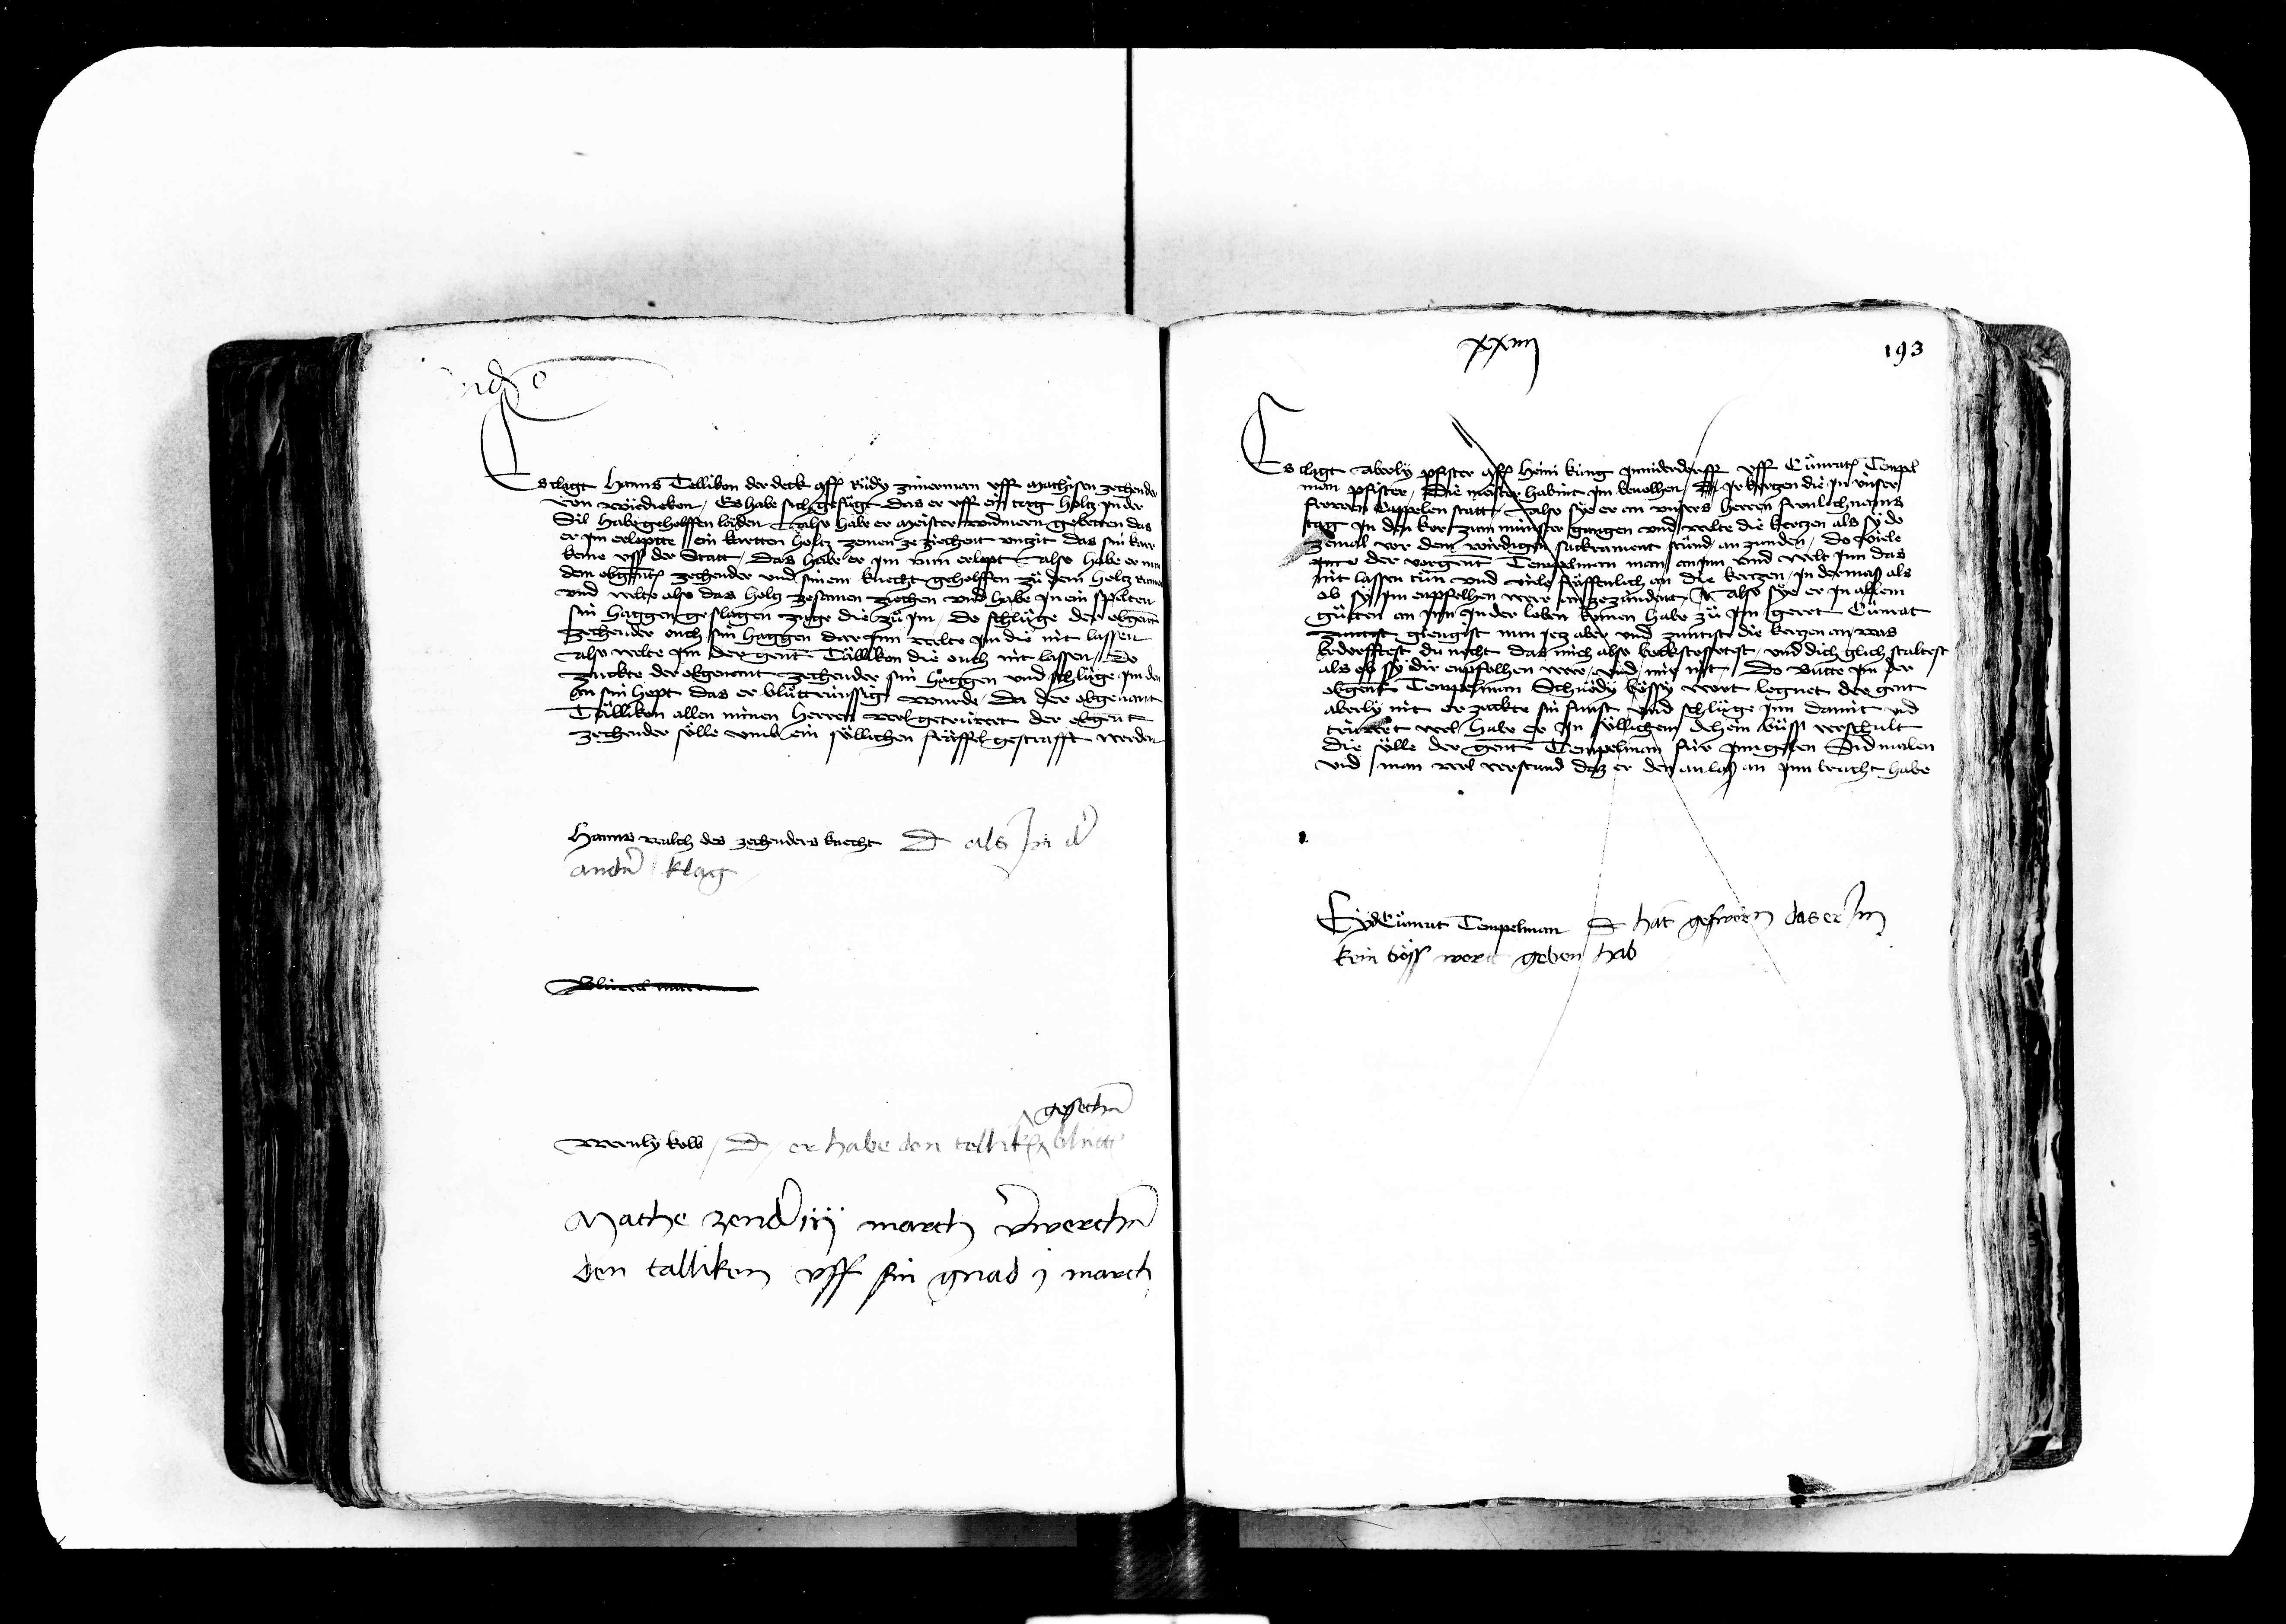
Transcription:
Es clagt Hanns Tellikon der dick conf. Ruedy zimmerman uff mathissen zechen
von wiedieben Es habe sich gefügt das er uff ein tag holtz jn der
Sil habe geholffen laden Also habe er meister widmern gebetten das
er jm erloptte ein kartten holtz zemen ze ziechent untzit das sin kar
keme uss der statt Das habe er jm von erlopt Also habe er nit
den obgenanten zechender und sinem knecht geholffen zue dem holtz er
und welte also das holtz zesamen nechen und habe jn ein spelten
sin haggen geslagen zuge die zue jm Do schluege der obgenant
zechender ouch sin haggen darum welte jm die nit lassen
Also welte jm der genant Tallikon die ouch nit lassen Do
zuckte der obgenant zechender sin haggen und schluege jm
an sin hopt das er bluottrünssig wurde da der obgenant
tellikon allen minen herren wol getrüwet der obgenant
zechender soelle umb ein soellichen fräffel gestrafft werden
Hanns walch des zechenders knecht dicit als jn der
andern klag

Es clagt Aberly pfister conf. Heini küng jnderdorff uff Cuenraten Tempel
x
man pfister die meister habint jm bevolhen da jr kertzen die jn unser
frowen kappelen statt Also sye er an unsers herren fronlich nams
stag jnn den kor zum münster gangen und welte die kertzen als
zemal vor den wirdigen sackrament stund an zunden do fiele
zue der vorgenant Tempelman man an jnn und welt jnn das
nit lassen tuen und vil fraeffenlich an die kertzen jn der mass als
ob sy jm enpfolhen were an ze zundent jn also sye er jn allen
guetten an jnn jn der loben komen habe zue jm gerett Cuonrat
giengist nun jetz aber und zuntist die kertzen an was
erdorfftest du necht das mich also beckstostest und dich glich staltest
als es sy dir enpfolhen were und mir nit Do butte jm der
obgenant Tempelman Schnedy boessy wort lognet der genant
aberly nit er zuckte sin funst und schluege jnn damit
trüwet wol habe er jn soellichem dehein buess verschult
die soelle der genant Tempelman für jnn geben sid malen
und man wol verstand daz er den anlass an jnn bracht habe

Blüwe

gesechen
wernly kalb dicit er habe den tellik bluett
mache zendern march verwerch
den tallikon uff sin gnad j march

xiiij

195

Cuenrat Tempelman
dicit hät gesworen das er jm
kein boess wortt geben hab